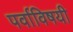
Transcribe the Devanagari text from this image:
पर्वाविषयी